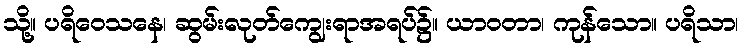
သို့။ ပရိဝေသနေ၊ ဆွမ်းလုတ်ကျွေးရာအရပ်၌။ ယာဝတာ၊ ကုန်သော။ ပရိသာ၊